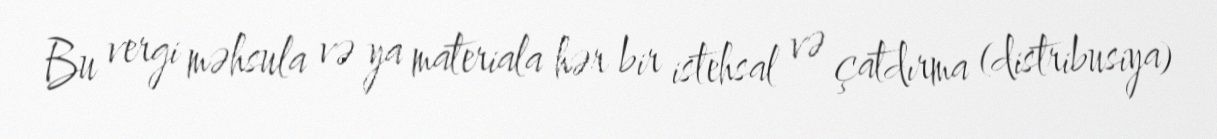
Bu vergi məhsula və ya materiala hər bir istehsal və çatdırma (distribusiya)